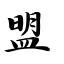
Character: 盟